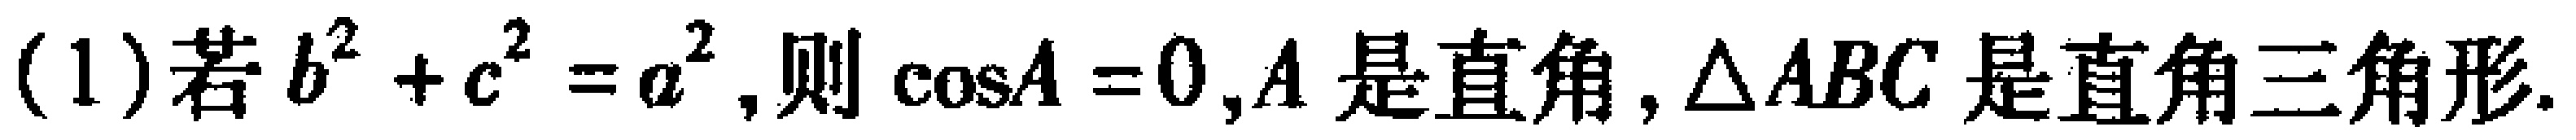
(1)若\(b^{2}+c^{2}=a^{2}\),则\(\cos A = 0\),\(A\)是直角,\(\triangle ABC\)是直角三角形.